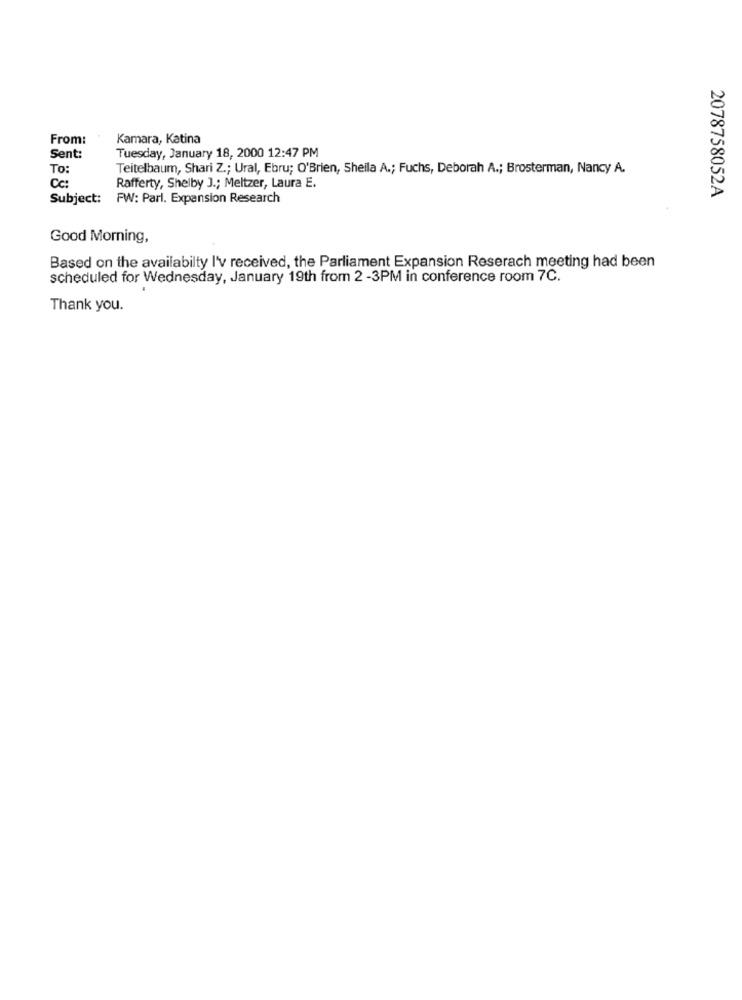
From:
Kamara, Katina
Tuesday, January 18, 2000 12:47 PM
Sent:
To:
Teitelbaum, Shari Z .; Ural, Ebru; O'Brien, Sheila A .; Fuchs, Deborah A .; Brosterman, Nancy A.
Cc:
Rafferty, Shelby J .; Meltzer, Laura E.
2078758052A
Subject: FW: Parl. Expansion Research
Good Morning,
Based on the availabilty I'v received, the Parliament Expansion Reserach meeting had been
scheduled for Wednesday, January 19th from 2-3PM in conference room 7C.
Thank you.